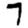
Digit: 7